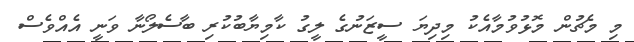
މި މެޗުން މޮޅުވުމާއެކު މިދިޔަ ސީޒަނުގެ ލީގު ކާމިޔާބުކުރި ބާސެލޯނާ ވަނީ އެއްވެސް